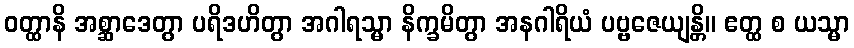
ဝတ္ထာနိ အစ္ဆာဒေတွာ ပရိဒဟိတွာ အဂါရသ္မာ နိက္ခမိတွာ အနဂါရိယံ ပဗ္ဗဇေယျန္တိ။ ဧတ္ထ စ ယသ္မာ